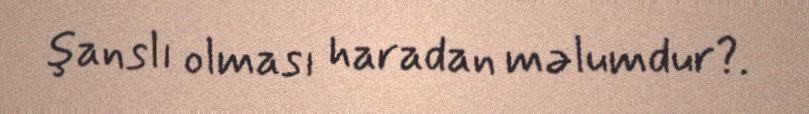
şanslı olması haradan məlumdur?.